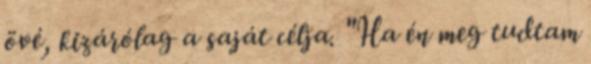
övé, kizárólag a saját célja. "Ha én meg tudtam